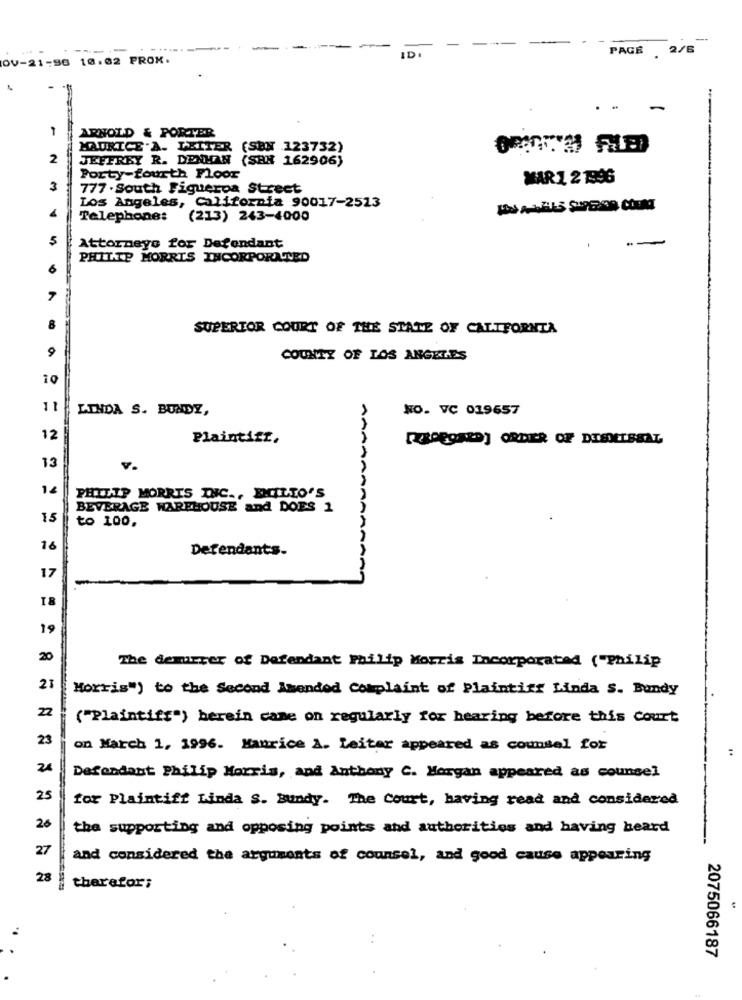
-----
-
PAGE
2/6
OV-21-96 10.02 PROK.
ID
..
-
ARNOLD & PORTER
MAURICE A. LEITER (SEN 123732)
2
JEFFREY R. DENHAN (SHR 162906)
---
Porty-fourth Floor
MAR 1 2 1996
3
777 . South Figueroa Street
Los Angeles, California 90017-2523
1234
Telephone: (213) 243-4000
--
Attorneys for Defendant
PHILIP MORRIS INCORPORATED
A
SUPERIOR COURT OF THE STATE OF CALIFORNIA
9
COUNTZ OF LOS ANGELES
10
11
LINDA S. BUNDY,
NO. VC 019657
12
Plaintiff.
13
PHILIP MORRIS INC ., EMCILLO'S
AAAAAAAA
BEVERAGE WAREHOUSE and DOES 1
15
to 100,
16
Defendants.
17
18
19
20
The demurrer of Defendant Philip Morris Incorporated ("Philip
23
Morris") to the Second Amended Complaint of Plaintier Linda S. Bandy
22
("Plaintiff") herein came on regularly for hearing before this Court
23
on March 1, 1996. Maurice A. Leiter appeared as counsel for
24
Defendant Philip Morris, and Anthony C. Morgan appeared as counsel
25
for Plaintiff Linda S. Bundy. The Court, having read and considered
26
the supporting and opposing points and authorities and having heard
27
and considered the arguments of counsel, and good cause appearing
28
therefor;
. .
2075066187